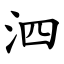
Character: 泗